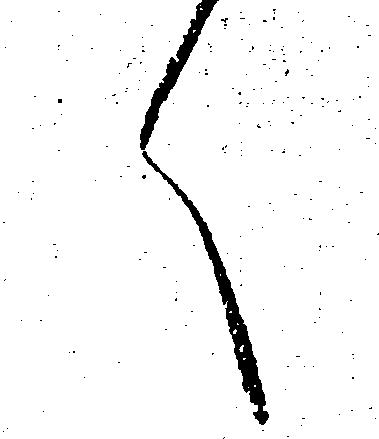
く